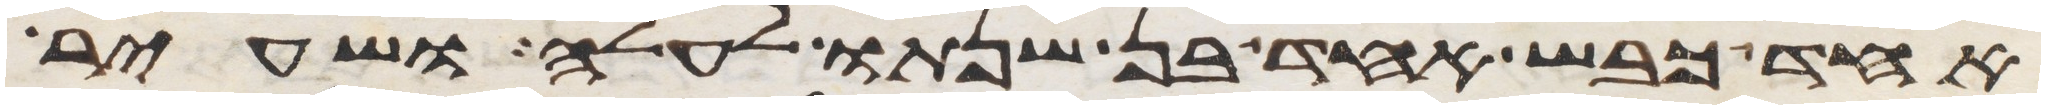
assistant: אחד כבש אחד בן שנתו לעלה ושעיר